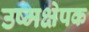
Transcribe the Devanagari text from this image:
उष्मक्षेपक